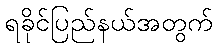
ရခိုင်ပြည်နယ်အတွက်